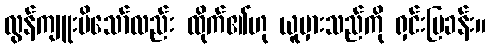
လွန်ကျူးမိသော်လည်း ထိုက်၏ဟု ယူမှားသည်ကို ရှင်းပြခန်း။